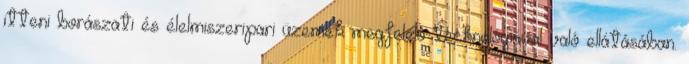
itteni borászati és élelmiszeripari üzemek megfelelô technológiával való ellátásában.